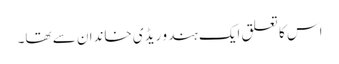
اس کا تعلق ایک ہندو ریڈی خاندان سے تھا۔